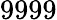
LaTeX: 9999